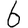
Digit: 6